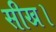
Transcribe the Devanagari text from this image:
सीख।